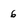
Character: 6